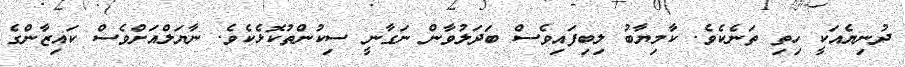
ދުނިޔެއަކީ ހިތި ތަނެކެވެ. ކާމިޔާބު ލިބިފައިވެސް ބަދަލުވާން ނަގާނީ ސިކުންތުކޮޅެކެވެ. ނާޔަލްއަށްވެސް ކައިޒާންގެ